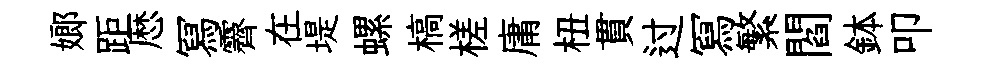
嫏距厯冩霽在堤螺槁槎庸杻貫过冩繁閻鉢叩